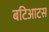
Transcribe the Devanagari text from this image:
बटिआटस